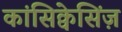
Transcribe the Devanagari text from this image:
कांसिक्वेसिंज़